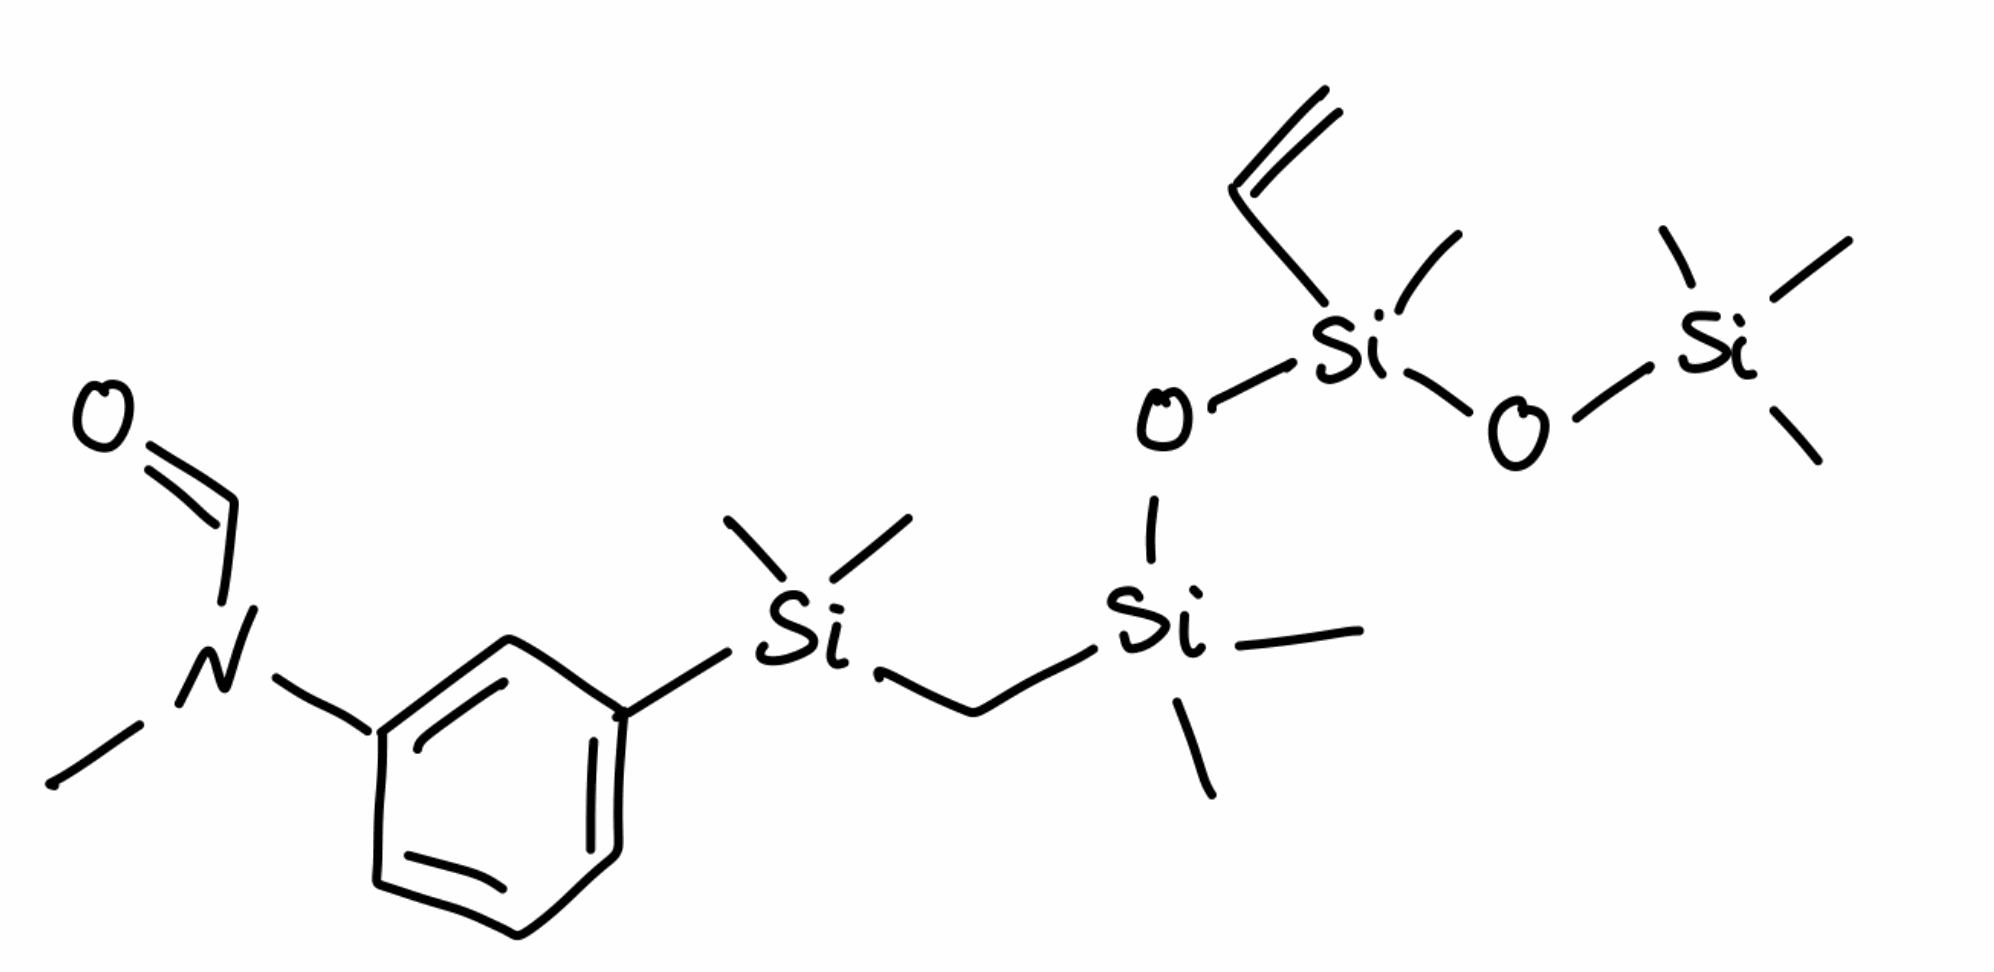
Simplified molecular-input line-entry system (SMILES) notation of the given molecule:
CN(C=O)C1=CC(=CC=C1)[Si](C)(C)C[Si](C)(C)O[Si](C)(C=C)O[Si](C)(C)C